Vaccine operations Central Provinces 1868-1885 - 1868-1885
Year: 1868
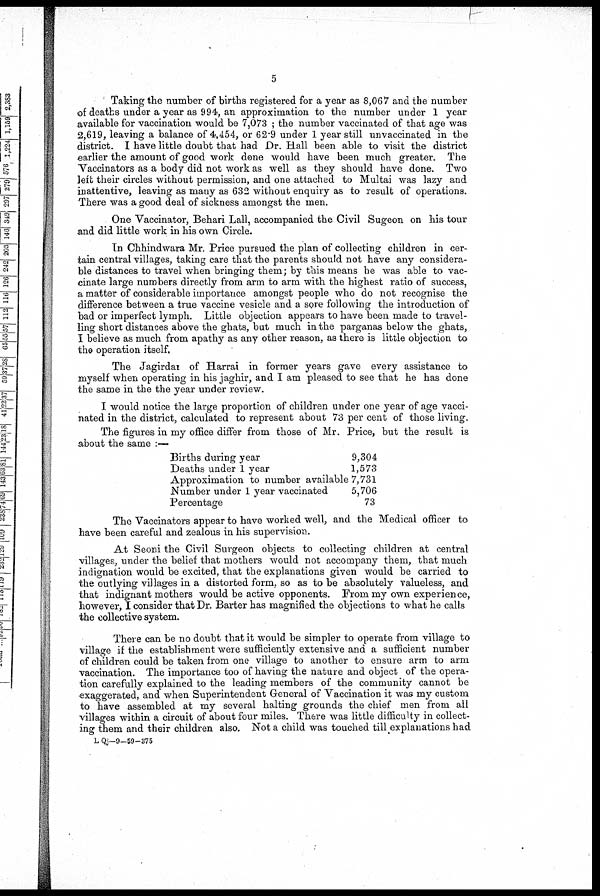
5
Taking the number of births registered for a year as 8,067 and the number
of deaths under a year as 994, an approximation to the number under 1 year
available for vaccination would be 7,073 ; the number vaccinated of that age was
2,619, leaving a balance of 4,454, or 62.9 under 1 year still unvaccinated in the
district. I have little doubt that had Dr. Hall been able to visit the district
earlier the amount of good work done would have been much greater. The
Vaccinators as a body did not work as well as they should have done. Two
left their circles without permission, and one attached to Multai was lazy and
inattentive, leaving as many as 632 without enquiry as to result of operations.
There was a good deal of sickness amongst the men.
One Vaccinator, Behari Lall, accompanied the Civil Sugeon on his tour
and did little work in his own Circle.
In Chhindwara Mr. Price pursued the plan of collecting children in cer-
tain central villages, taking care that the parents should not have any considera-
ble distances to travel when bringing them; by this means he was able to vac-
cinate large numbers directly from arm to arm with the highest ratio of success,
a matter of considerable importance amongst people who do not recognise the
difference between a true vaccine vesicle and a sore following the introduction of
bad or imperfect lymph. Little objection appears to have been made to travel-
ling short distances above the ghats, but much in the parganas below the ghats,
I believe as much from apathy as any other reason, as there is little objection to
the operation itself.
The Jagirdar of Harrai in former years gave every assistance to
myself when operating in his jaghir, and I am pleased to see that he has done
the same in the the year under review.
I would notice the large proportion of children under one year of age vacci-
nated in the district, calculated to represent about 73 per cent of those living.
The figures in my office differ from those of Mr. Price, but the result is
about the same :—
Births during year
Deaths under 1 year
Approximation to number available
Number under 1 year vaccinated
Percentage
9,304
1,573
7,731
5,706
73
The Vaccinators appear to have worked well, and the Medical officer to
have been careful and zealous in his supervision.
At Seoni the Civil Surgeon objects to collecting children at central
villages, under the belief that mothers would not accompany them, that much
indignation would be excited, that the explanations given would be carried to
the outlying villages in a distorted form, so as to be absolutely valueless, and
that indignant mothers would be active opponents. From my own experience,
however, I consider that Dr. Barter has magnified the objections to what he calls
the collective system.
There can be no doubt that it would be simpler to operate from village to
village if the establishment were sufficiently extensive and a sufficient number
of children could be taken from one village to another to ensure arm to arm
vaccination. The importance too of having the nature and object of the opera-
tion carefully explained to the leading members of the community cannot be
exaggerated, and when Superintendent General of Vaccination it was my custom
to have assembled at my several halting grounds the chief men from all
villages within a circuit of about four miles. There was little difficulty in collect-
ing them and their children also. Not a child was touched till explanations had
L Qj-9-59-375